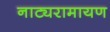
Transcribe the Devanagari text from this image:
नाट्यरामायण